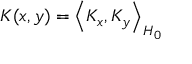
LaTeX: K ( x , y ) = \left\langle K _ { x } , K _ { y } \right\rangle _ { H _ { 0 } }